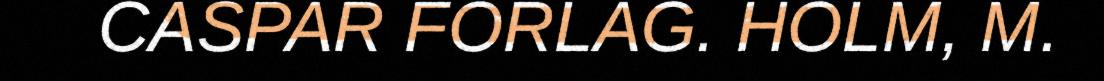
CASPAR FORLAG. HOLM, M.